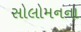
સોલોમનના